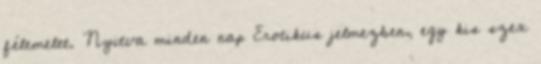
félemelet. Nyitva minden nap Erotikus jelmezben, egy kis szex